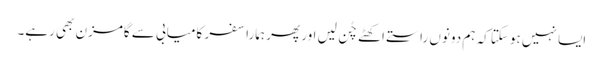
ایسا نہیں ہوسکتا کہ ہم دونوں راستے اکھٹے چُن لیں اور پھر ہمارا سفر کامیابی سے گامزن بھی رہے۔